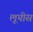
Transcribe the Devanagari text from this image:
लूयीस